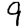
Digit: 9